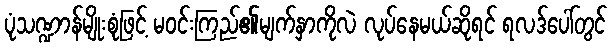
ပုံသဏ္ဍာန်မျိုးစုံဖြင့် မဝင်းကြည်၏မျက်နှာကိုလဲ လုပ်နေမယ်ဆိုရင် ရလဒ်ပေါ်တွင်